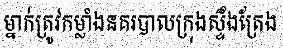
ម្នាក់ត្រូវកម្លាំងនគរបាលក្រុងស្ទឹងត្រែង